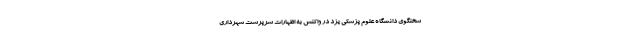
سخنگوی دانشگاه علوم پزشکی یزد در واکنش به اظهارات سرپرست شهرداری